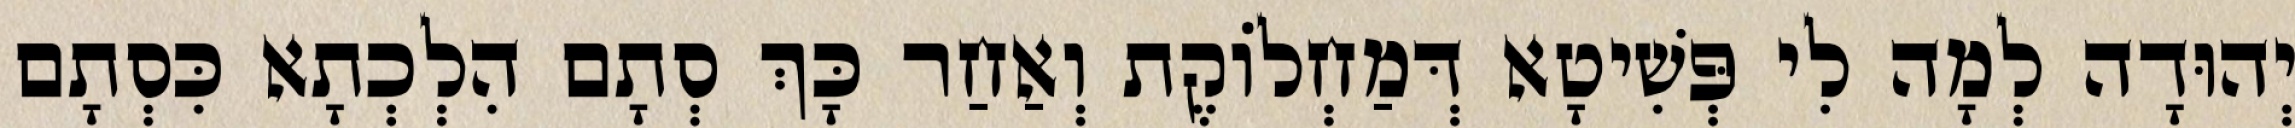
יְהוּדָה לְמָה לִי פְּשִׁיטָא דְּמַחְלוֹקֶת וְאַחַר כָּךְ סְתָם הִלְכְתָא כִּסְתָם